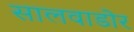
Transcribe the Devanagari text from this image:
सालवाडोर